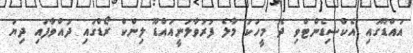
އައްޑޫގައި އެކްސިޑެންޓްވި ދެ މީހަކު މާލެ ފުރުވާލަނީއައްޑޫ ލިންކް ރޯޑްގައި ދުއްވާފައި ދިޔަ